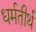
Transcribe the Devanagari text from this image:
धर्मतीर्थ